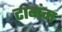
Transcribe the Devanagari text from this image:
टामंग